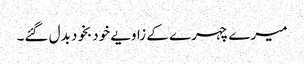
میرے چہرے کے زاویے خودبخود بدل گئے۔